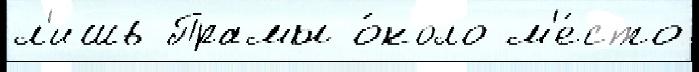
л'ишь Прамы о́коло м'е́сто